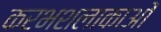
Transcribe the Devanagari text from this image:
करभशलाकाओं